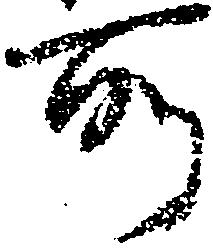
所